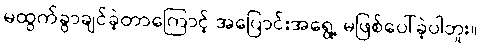
မထွက်ခွာချင်ခဲ့တာကြောင့် အပြောင်းအရွေ့ မဖြစ်ပေါ်ခဲ့ပါဘူး။